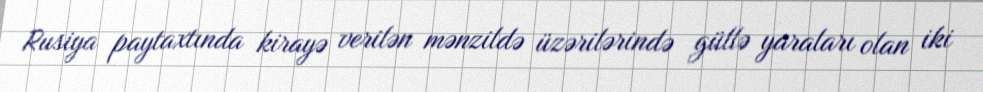
Rusiya paytaxtında kirayə verilən mənzildə üzərilərində güllə yaraları olan iki